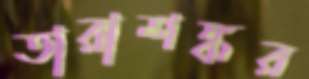
তারাশঙ্কর